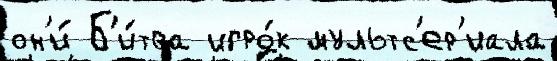
он'и́ Б'и́тва игро́к мультс'ер'иала